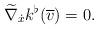
LaTeX: \begin{align*} \widetilde{ \nabla } _{ \dot{x} } k ^\flat ( \overline{ v } ) = 0 . \end{align*}